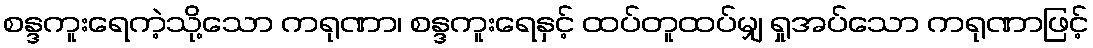
စန္ဒကူးရေကဲ့သို့သော ကရုဏာ၊ စန္ဒကူးရေနှင့် ထပ်တူထပ်မျှ ရှုအပ်သော ကရုဏာဖြင့်